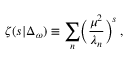
\zeta ( s \vert \Delta _ { \omega } ) \equiv \sum _ { n } \biggl ( { \frac { \mu ^ { 2 } } { \lambda _ { n } } } \biggr ) ^ { s } \, ,